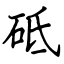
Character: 砥